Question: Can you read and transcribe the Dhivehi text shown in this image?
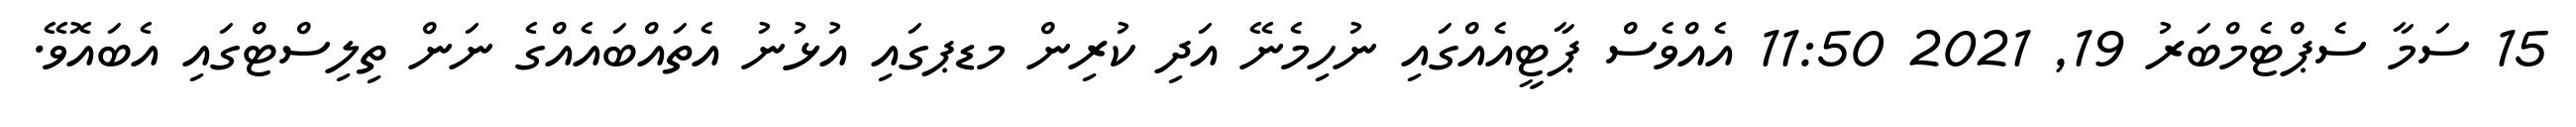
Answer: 15 ސަމާ ސެޕްޓެމްބަރު 19, 2021 11:50 އެއްވެސް ޕާޓީއެއްގައި ނުހިމެނޭ އަދި ކުރިން މޑޕގައި އުޅުނު އެތައްބައެއްގެ ނަން ތިލިސްޓްގައި އެބައޮވޭ.